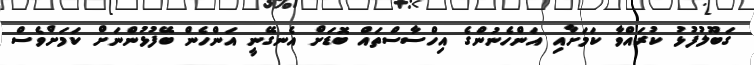
ގަބޫލުފުޅު ކުރައްވާ ކަމަށާއި އަންހެނުންގެ އިހްސާސްތައް ބޮޑަށް އެނގޭނީ އަންހެން ބޭފުޅުންނަށް ކަމަށްވެސް